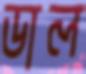
ডাল